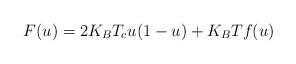
LaTeX: \begin{align*}F(u)=2K_{B}T_{c}u(1-u)+K_{B}Tf(u) \end{align*}